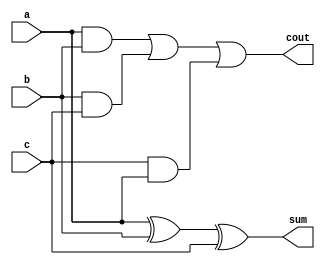
module full_adder(a,b,c,sum,cout);
  
  //direction of the ports
  input a,b,c;
  output sum,cout;
  
  //logic-data flow model
  assign sum=a^b^c;
  assign cout=a&b|b&c|c&a;
  
endmodule